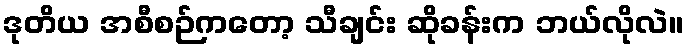
ဒုတိယ အစီစဉ်ကတော့ သီချင်း ဆိုခန်းက ဘယ်လိုလဲ။